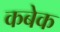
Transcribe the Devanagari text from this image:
कबेक